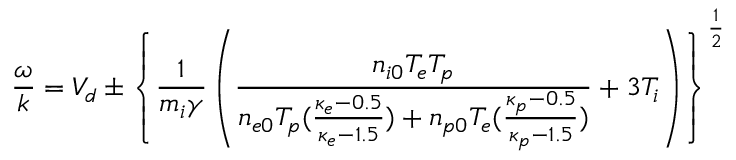
\frac { \omega } { k } = V _ { d } \pm \left\{ \frac { 1 } { m _ { i } \gamma } \left( \frac { n _ { i 0 } T _ { e } T _ { p } } { n _ { e 0 } T _ { p } ( \frac { \kappa _ { e } - 0 . 5 } { \kappa _ { e } - 1 . 5 } ) + n _ { p 0 } T _ { e } ( \frac { \kappa _ { p } - 0 . 5 } { \kappa _ { p } - 1 . 5 } ) } + 3 T _ { i } \right) \right\} ^ { \frac { 1 } { 2 } }